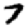
Digit: 7